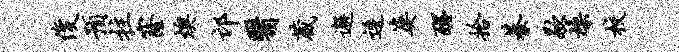
俊预拄窿燠邙翳葳邂逶婆醒拾綦歇燥校